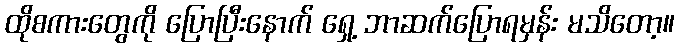
ထိုစကားတွေကို ပြောပြီးနောက် ရှေ့ ဘာဆက်ပြောရမှန်း မသိတော့။